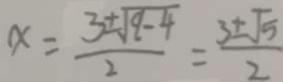
x = \frac { 3 \pm \sqrt { 9 - 4 } } { 2 } = \frac { 3 \pm \sqrt { 5 } } { 2 }